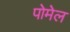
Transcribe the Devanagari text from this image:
पोमेल